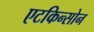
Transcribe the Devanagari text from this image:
एटकिन्सोन